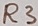
Text: R3